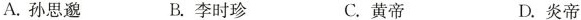
A.孙思邈 B.李时珍 C.黄帝 D.炎帝